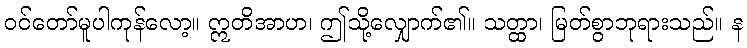
ဝင်တော်မူပါကုန်လော့။ ဣတိအာဟ၊ ဤသို့လျှောက်၏။ သတ္ထာ၊ မြတ်စွာဘုရားသည်။ န